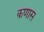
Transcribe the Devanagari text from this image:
कणास